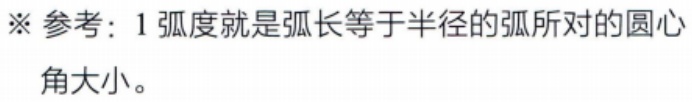
※ 参考：1 弧度就是弧长等于半径的弧所对的圆心角大小。